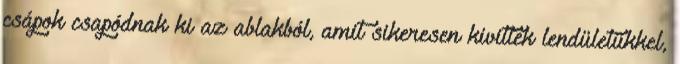
csápok csapódnak ki az ablakból, amit sikeresen kivittek lendületükkel,